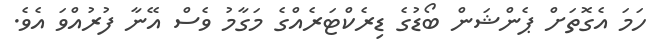
ހަމަ އެގޮތަށް ޕެންޝަން ބޯޑުގެ ޑިރެކްޓަރެއްގެ މަގާމު ވެސް އޭނާ ފުރުއްވަ އެވެ.